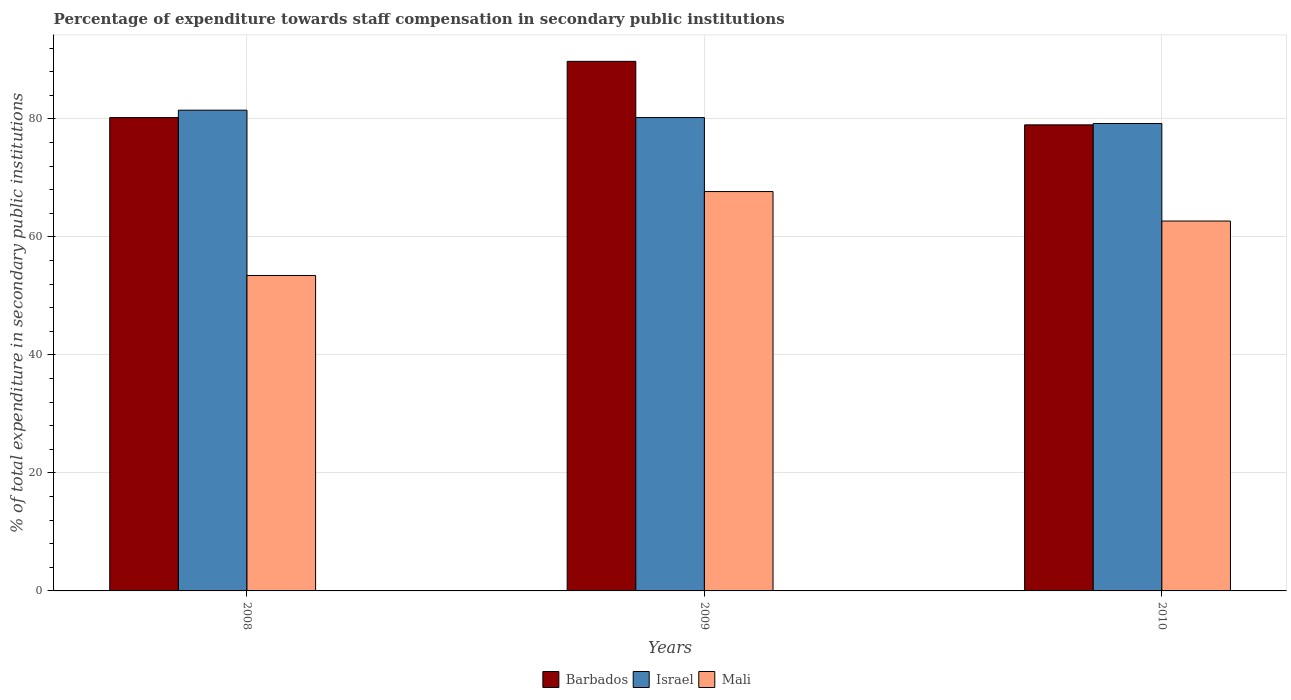
| Years | Barbados | Israel | Mali |
 | --- | --- | --- | --- |
 | 2008 | 80.2 | 81.5 | 53.5 |
 | 2009 | 89.7 | 80.2 | 67.7 |
 | 2010 | 79 | 79.2 | 62.7 |